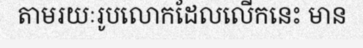
តាមរយៈរូបលោកដែលលើកនេះ មាន